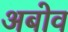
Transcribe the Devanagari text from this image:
अबोव